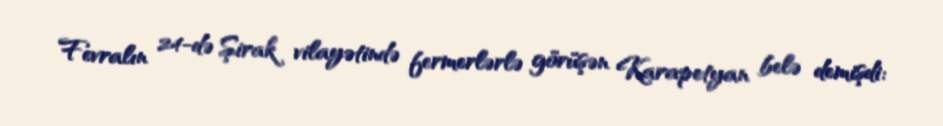
Fevralın 24-də Şirak vilayətində fermerlərlə görüşən Karapetyan belə demişdi: